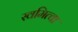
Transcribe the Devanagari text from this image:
स्वमित्वा